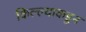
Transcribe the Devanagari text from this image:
किल्ल्याकडून